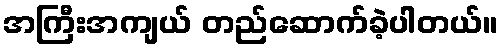
အကြီးအကျယ် တည်ဆောက်ခဲ့ပါတယ်။